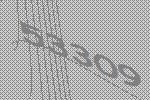
53309